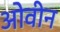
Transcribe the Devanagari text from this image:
ओवीन